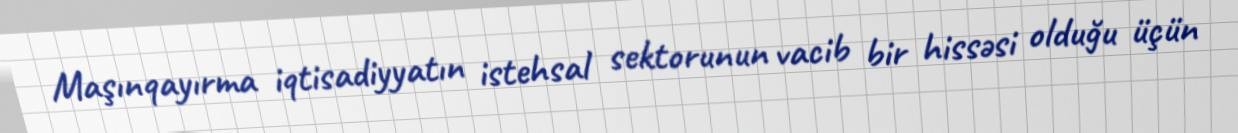
Maşınqayırma iqtisadiyyatın istehsal sektorunun vacib bir hissəsi olduğu üçün